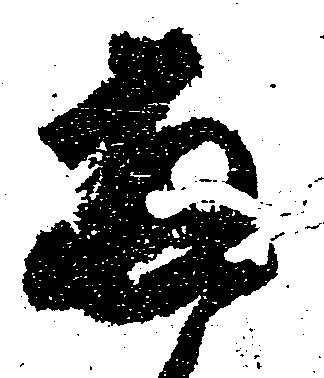
両